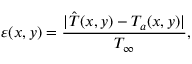
\varepsilon ( x , y ) = \frac { | \hat { T } ( x , y ) - T _ { a } ( x , y ) | } { T _ { \infty } } ,